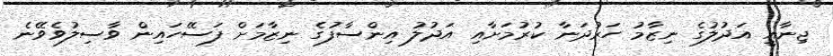
ޖިނާއީ އަދުލުގެ ނިޒާމު ހަރުދަނާ ކުރުމަށާއި އަދުލު އިންސާފުގެ ނިޒާމަށް ފަސޭހައިން ވާސިލުވެވޭނެ